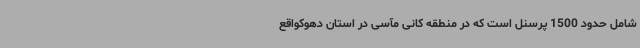
شامل حدود 1500 پرسنل است که در منطقه کانی مآسی در استان دهوکواقع